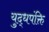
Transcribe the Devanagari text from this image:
युद्धपंक्ति